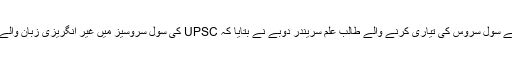
طلبہ کی اس تحریک میں حصہ لے رہے سول سروس کی تیاری کرنے والے طالب علم سریندر دوبے نے بتایا کہ UPSC کی سول سروسیز میں غیر انگریزی زبان والے طلبہ کے ساتھ تعصب برتا جارہا ہے۔